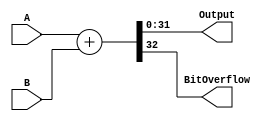
`timescale 1ns / 1ps
//////////////////////////////////////////////////////////////////////////////////
// Company: 
// Engineer: 
// 
// Design Name: 
// Module Name:    Adder 
// Project Name: 
// Target Devices: 
// Tool versions: 
// Description: 
//
// Dependencies: 
//
// Revision: 
// Revision 0.01 - File Created
// Additional Comments: 
//
//////////////////////////////////////////////////////////////////////////////////
module Adder(
    input [31:0] A,
    input [31:0] B,
    output reg [31:0] Output,
	 output reg BitOverflow
    );

always @(A or B)
	begin
		{BitOverflow, Output} = A + B;
	end
endmodule